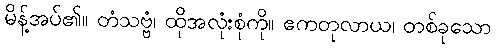
မိန့်အပ်၏။ တံသဗ္ဗံ၊ ထိုအလုံးစုံကို။ ဧကတုလာယ၊ တစ်ခုသော